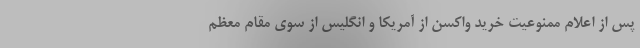
پس از اعلام ممنوعیت خرید واکسن از آمریکا و انگلیس از سوی مقام معظم